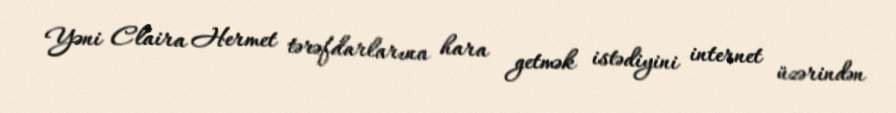
Yəni Claira Hermet tərəfdarlarına hara getmək istədiyini internet üzərindən